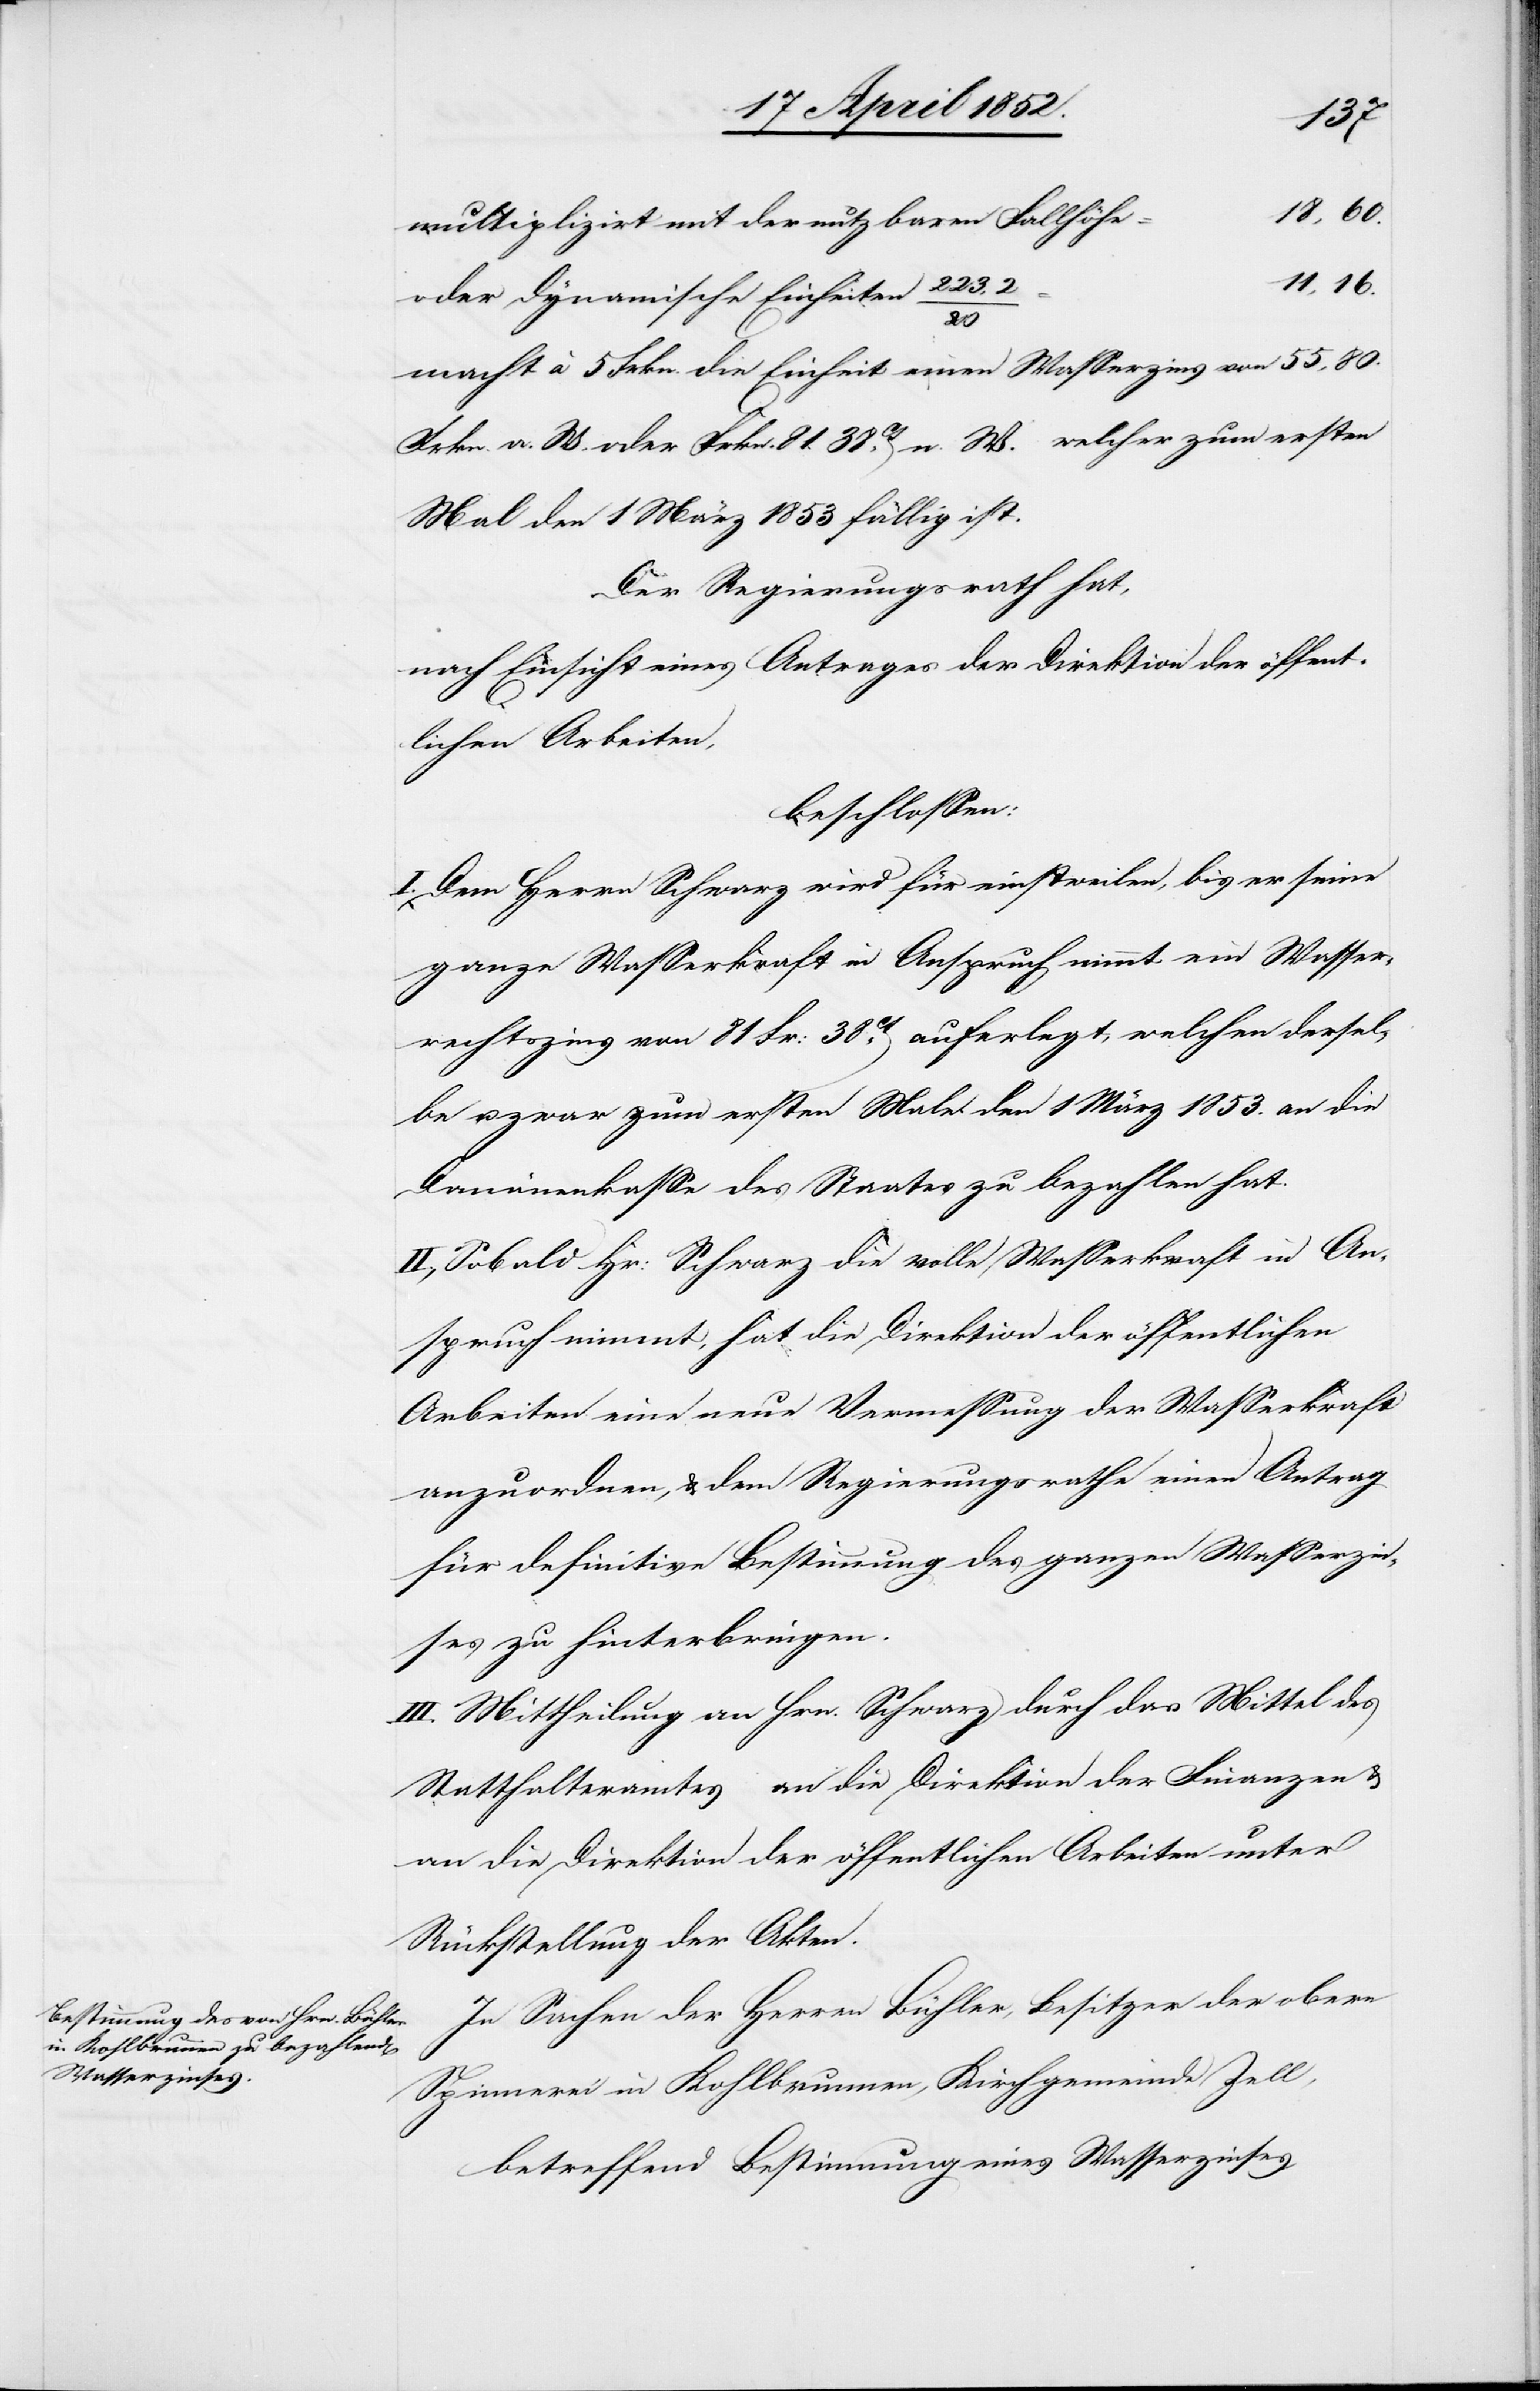
55,80.
18,60.
multiplizirt mit der nutzbaren Fallhöhe
11,16.
oder dynamische Einheiten 223,2
20
macht à 5 Frkn. die Einheit einen Wasserzins von
Frkn. a. W. oder Frkn. 81. 38.ct n. W. welcher zum ersten
Mal den 1 März 1853 fällig ist.
Der Regierungsrath hat,
nach Einsicht eines Antrages der Direktion der öffent¬
lichen Arbeiten,
beschlossen:
I. Dem Herrn Schwarz wird für einstweilen, bis er seine
ganze Wasserkraft in Anspruch nimmt ein Wasser¬
rechtszins von 81 Fr: 38.ct auferlegt, welchen dersel¬
be u. zwar zum ersten Male den 1 März 1853. an die
Domänenkasse des Staates zu bezahlen hat.
II., Sobald Hr: Schwarz die volle Wasserkraft in An¬
spruch nimmt, hat die Direktion der öffentlichen
Arbeiten eine neue Vermessung der Wasserkraft
anzuordnen, & dem Regierungsrathe einen Antrag
für definitive Bestimmung des ganzen Wasserzin¬
ses zu hinterbringen.
III. Mittheilung an Hrn. Schwarz durch das Mittel des
Statthalteramtes[,] an die Direktion der Finanzen &
an die Direktion der öffentlichen Arbeiten unter
Rückstellung der Akten.
In Sachenmder Herren Bühler, Besitzer der obere
Spinnerei in Kohlbrunnen, Kirchgemeinde Zell,
betreffend Bestimmung eines Wasserzinses,